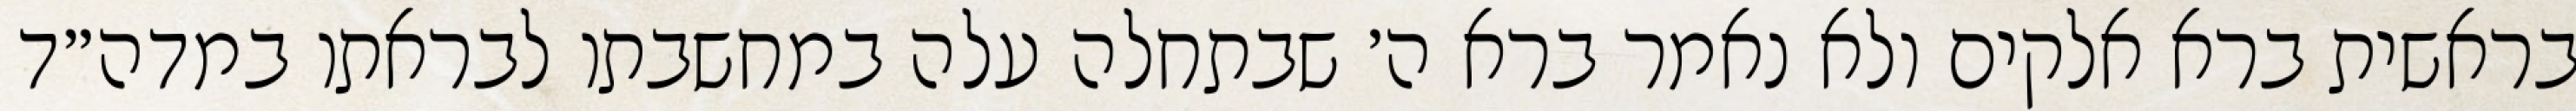
בראשית ברא אלקים ולא נאמר ברא ה׳ שבתחלה עלה במחשבתו לבראתו במדה״ד